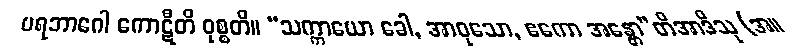
ပရဘာဂေါ ကောဋီတိ ဝုစ္စတိ။ “သက္ကာယော ခေါ, အာဝုသော, ဧကော အန္တော”တိအာဒီသု (အ။